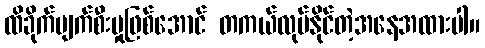
ထိခိုက်ပျက်စီးမှုဖြစ်အောင် တကယ်လုပ်နိုင်တဲ့အနေအထားပါ။